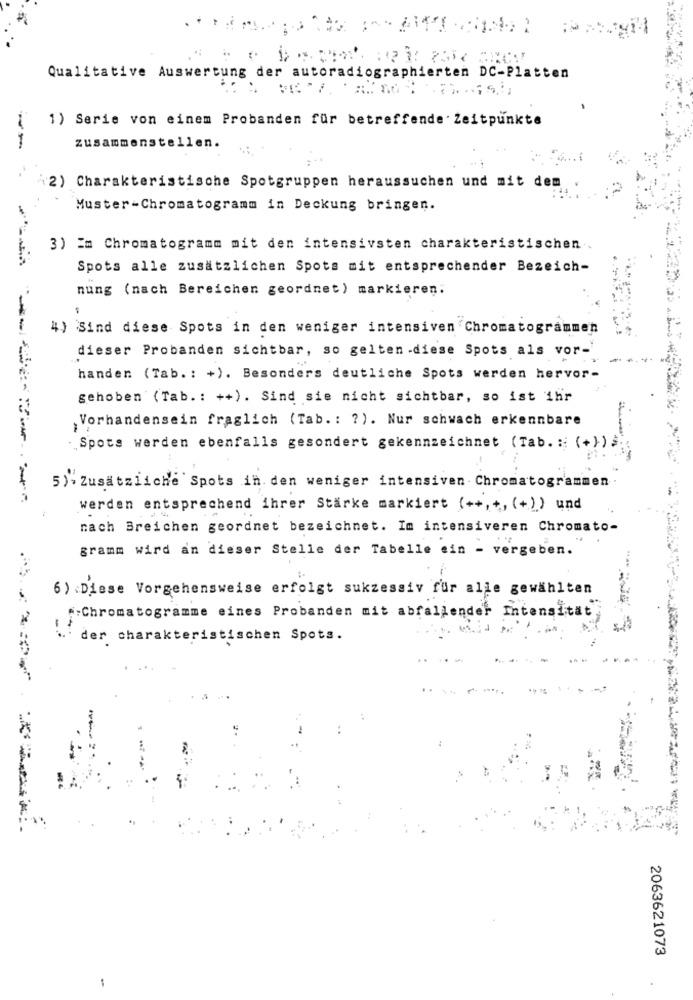
Qualitative Auswertung der autoradiographierten DC-Platten
1) Serie von einem Probanden für betreffende Zeitpunkte
---
zusammenstellen.
(2) Charakteristische Spotgruppen heraussuchen und mit dem
Muster-Chromatogramm in Deckung bringen.
3) Em Chromatogramm mit den intensivsten charakteristischen ..
Spots alle zusätzlichen Spots mit entsprechender Bezeich-
nung (nach Bereichen geordnet) markieren:
4) Sind diese Spots in den weniger intensiven Chromatogrammen
dieser Probanden sichtbar, so gelten .diese Spots als vor-
handen (Tab. : +). Besonders deutliche Spots werden hervor-
gehoben (Tab. : ++). Sind sie nicht sichtbar, so ist ihr
Vorhandensein fraglich (Tab. : ? ). Nur schwach erkennbare
Spots werden ebenfalls gesondert gekennzeichnet (Tab. : (+)) ;
5)-Zusätzliche Spots in. den weniger intensiven . Chromatogrammen .
werden entsprechend ihrer Starke markiert (++,+, (+)) und
nach Breichen geordnet bezeichnet. Im intensiveren Chromato-
gramm wird an dieser Stelle der Tabelle ein - vergeben.
6) Diese Vorgehensweise erfolgt sukzessiv für alle gewählten
*: Chromatogramme eines Probanden mit abfallender Intensität
der charakteristischen Spots.
2063621073
-